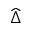
\widehat { \Delta }